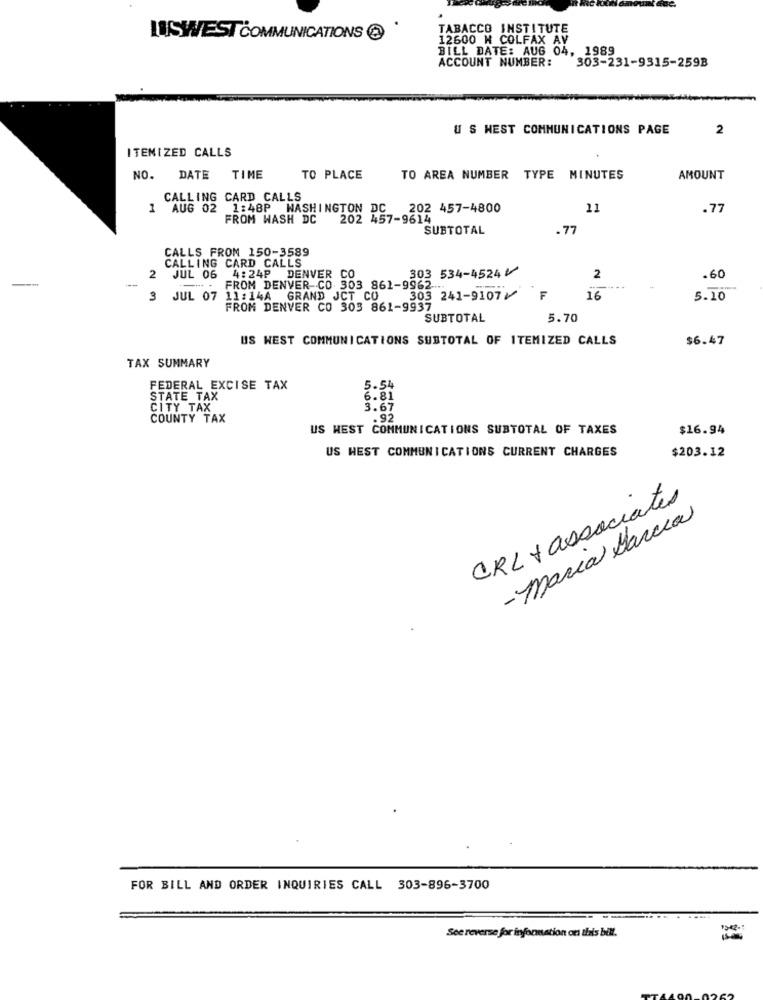
TABACCO INSTITUTE
LUISWEST COMMUNICATIONS
12600 H COLFAX AV
BILL DATE: AUG 04, 1989
ACCOUNT NUMBER: 303-231-9315-259B
U S HEST COMMUNICATIONS PAGE
2
ITEMIZED CALLS
NO. DATE
TIME
TO PLACE
TO AREA NUMBER TYPE MINUTES
AMOUNT
CALLING CARD CALLS
1 AUG 02 1:48P WASHINGTON DC 202 457-4800
11
.77
FROM WASH DC 202 457-9614
SUBTOTAL
.77
CALLS FROM 150-3589
CALLING CARD CALLS
303 534-4524⑇
2 JUL 06 4:24P DENVER CO
2
.60
--
-... FROM DENVER CO 303 861-9962
3 JUL 07 11:14A GRAND JCT CO
303 241-9107⑇
F
16
5.10
FROM DENVER CO 303 861-9937
SUBTOTAL
5.70
US WEST COMMUNICATIONS SUBTOTAL OF ITEMIZED CALLS
$6.47
TAX SUMMARY
FEDERAL EXCISE TAX
5.54
STATE TAX
6.81
CITY TAX
3.67
COUNTY TAX
.92
US WEST COMMUNICATIONS SUBTOTAL OF TAXES
$16.94
US WEST COMMUNICATIONS CURRENT CHARGES
$203.12
CRL + associates
-Maria Darcia
FOR BILL AND ORDER INQUIRIES CALL 303-896-3700
See reverse for information on this bill.